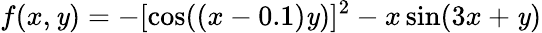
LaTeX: f(x,\mathit{y})=-[\cos((x-0.1)\mathit{y})]^{2}-x\sin(3x+\mathit{y})